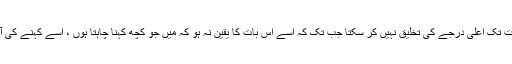
ایک تخلیقی شخص اس وقت تک اعلی درجے کی تخلیق نہیں کر سکتا جب تک کہ اسے اس بات کا یقین نہ ہو کہ میں جو کچھ کہنا چاہتا ہوں ، اسے کہنے کی آزادی مجھے حاصل ہے ۔